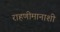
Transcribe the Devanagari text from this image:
राहणीमानाशी